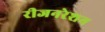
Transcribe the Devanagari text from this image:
रीजनरेशन